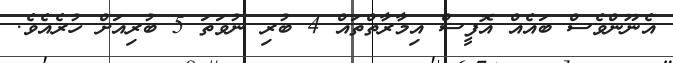
އެނޫންވެސް ބައެއް އޮފީސް އިމާރާތްތައް 4 ބުރި ނުވަތަ 5 ބުރިއަށް ހުރެއެވެ.